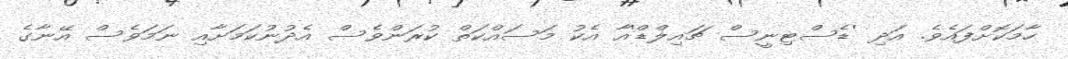
ހާމަކޮށްފައެވެ. އަދި 'ޑެސްޓިނީސް ޗައިލްޑް'އާ އެކު މަސައްކަތް ކުރަންވެސް އެދުނުކަމަށާއި ނަމަވެސް އޭނާގެ